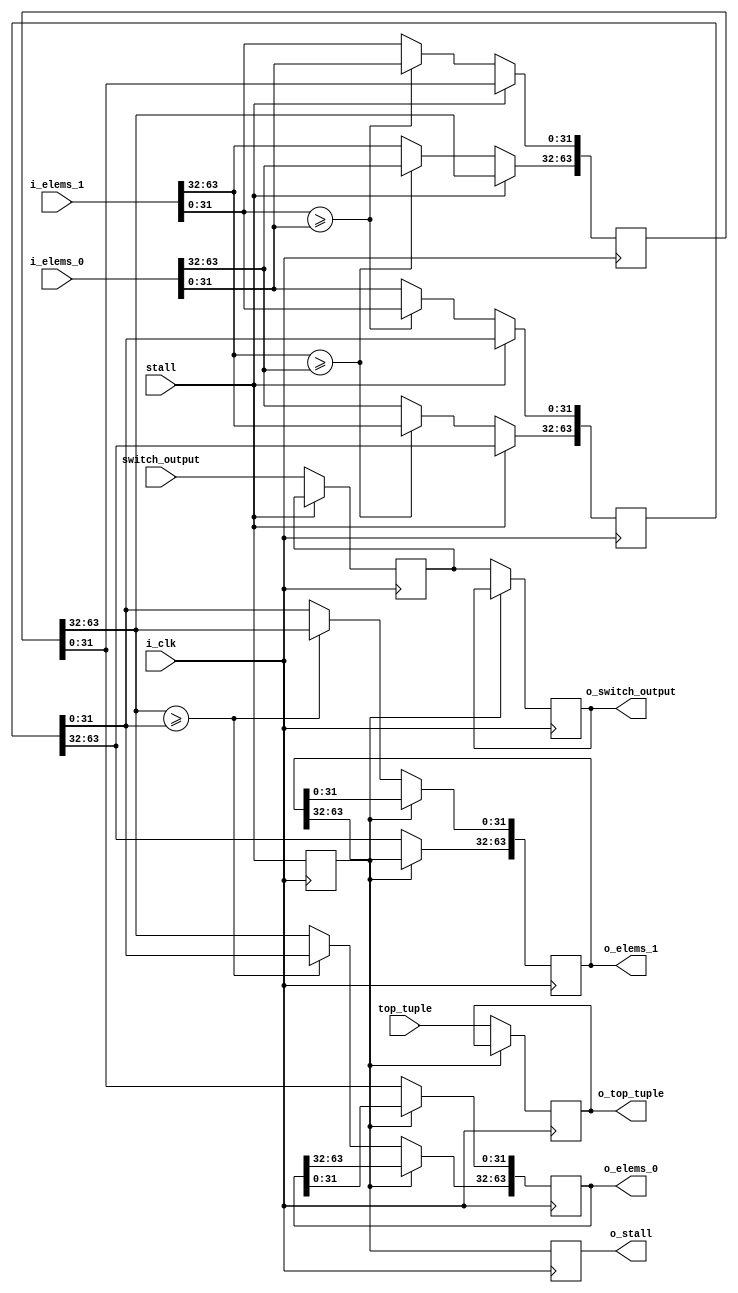
/* For 2-merger */
module BITONIC_NETWORK_4 (input i_clk,
			  input 		switch_output,
			  input 		stall,
			  input [2*32-1:0] 	top_tuple,
			  input [2*32-1:0] 	i_elems_0,
			  input [2*32-1:0] 	i_elems_1, 
			  output reg [2*32-1:0] o_elems_0,
			  output reg [2*32-1:0] o_elems_1,
			  output reg 		o_switch_output,
			  output reg 		o_stall,
			  output reg [2*32-1:0] o_top_tuple);

   reg 					stall_1;
   reg 					switch_output_1;
   reg [2*32-1:0] 			elems_1_0;
   reg [2*32-1:0] 			elems_1_1;   
   wire [2*32-1:0] 			top_tuple_1;

   assign top_tuple_1 = top_tuple;
   
   initial begin
      stall_1 <= 0;
      switch_output_1 <= 0;
      elems_1_0 <= 0;
      elems_1_1 <= 0;
   end

   /* step 1 */
   always @(posedge i_clk) begin
      stall_1 <= stall;
      if (~stall) begin
	 switch_output_1 <= switch_output;	 
	 if (i_elems_1[2*32-1 : 32] >= i_elems_0[2*32-1 : 32]) begin
	    elems_1_1[2*32-1 : 32] <= i_elems_1[2*32-1 : 32];
	    elems_1_0[2*32-1 : 32] <= i_elems_0[2*32-1 : 32];	 
	 end
	 else begin
	    elems_1_1[2*32-1 : 32] <= i_elems_0[2*32-1 : 32];
	    elems_1_0[2*32-1 : 32] <= i_elems_1[2*32-1 : 32];	 
	 end

	 if (i_elems_1[31:0] >= i_elems_0[31:0]) begin
	    elems_1_1[31:0] <= i_elems_1[31:0];
	    elems_1_0[31:0] <= i_elems_0[31:0];	 
	 end
	 else begin
	    elems_1_1[31:0] <= i_elems_0[31:0];
	    elems_1_0[31:0] <= i_elems_1[31:0];	 
	 end
      end // if (~stall)      
   end

   /* step 2 */
   always @(posedge i_clk) begin
      o_stall <= stall_1;
      if (~stall_1) begin
	 o_switch_output <= switch_output_1;
	 o_top_tuple <= top_tuple_1;
	 o_elems_1[2*32-1 : 32] <= elems_1_1[2*32-1 : 32];
	 o_elems_0[31:0] <= elems_1_0[31:0];
	 
	 if (elems_1_0[2*32-1 : 32] >= elems_1_1[31:0]) begin
	    o_elems_1[31:0] <= elems_1_0[2*32-1 : 32];
	    o_elems_0[2*32-1 : 32] <= elems_1_1[31:0];	 
	 end
	 else begin
	    o_elems_1[31:0] <= elems_1_1[31:0];
	    o_elems_0[2*32-1 : 32] <= elems_1_0[2*32-1 : 32];	 
	 end
      end
   end
endmodule